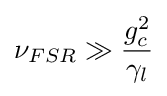
\nu _{FSR}\gg {\frac {g_{c}^{2}}{\gamma _{l}}}